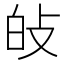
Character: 𤽐